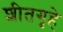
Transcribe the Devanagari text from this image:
शीतगृहे